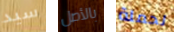
سيد بالأصل لحملة